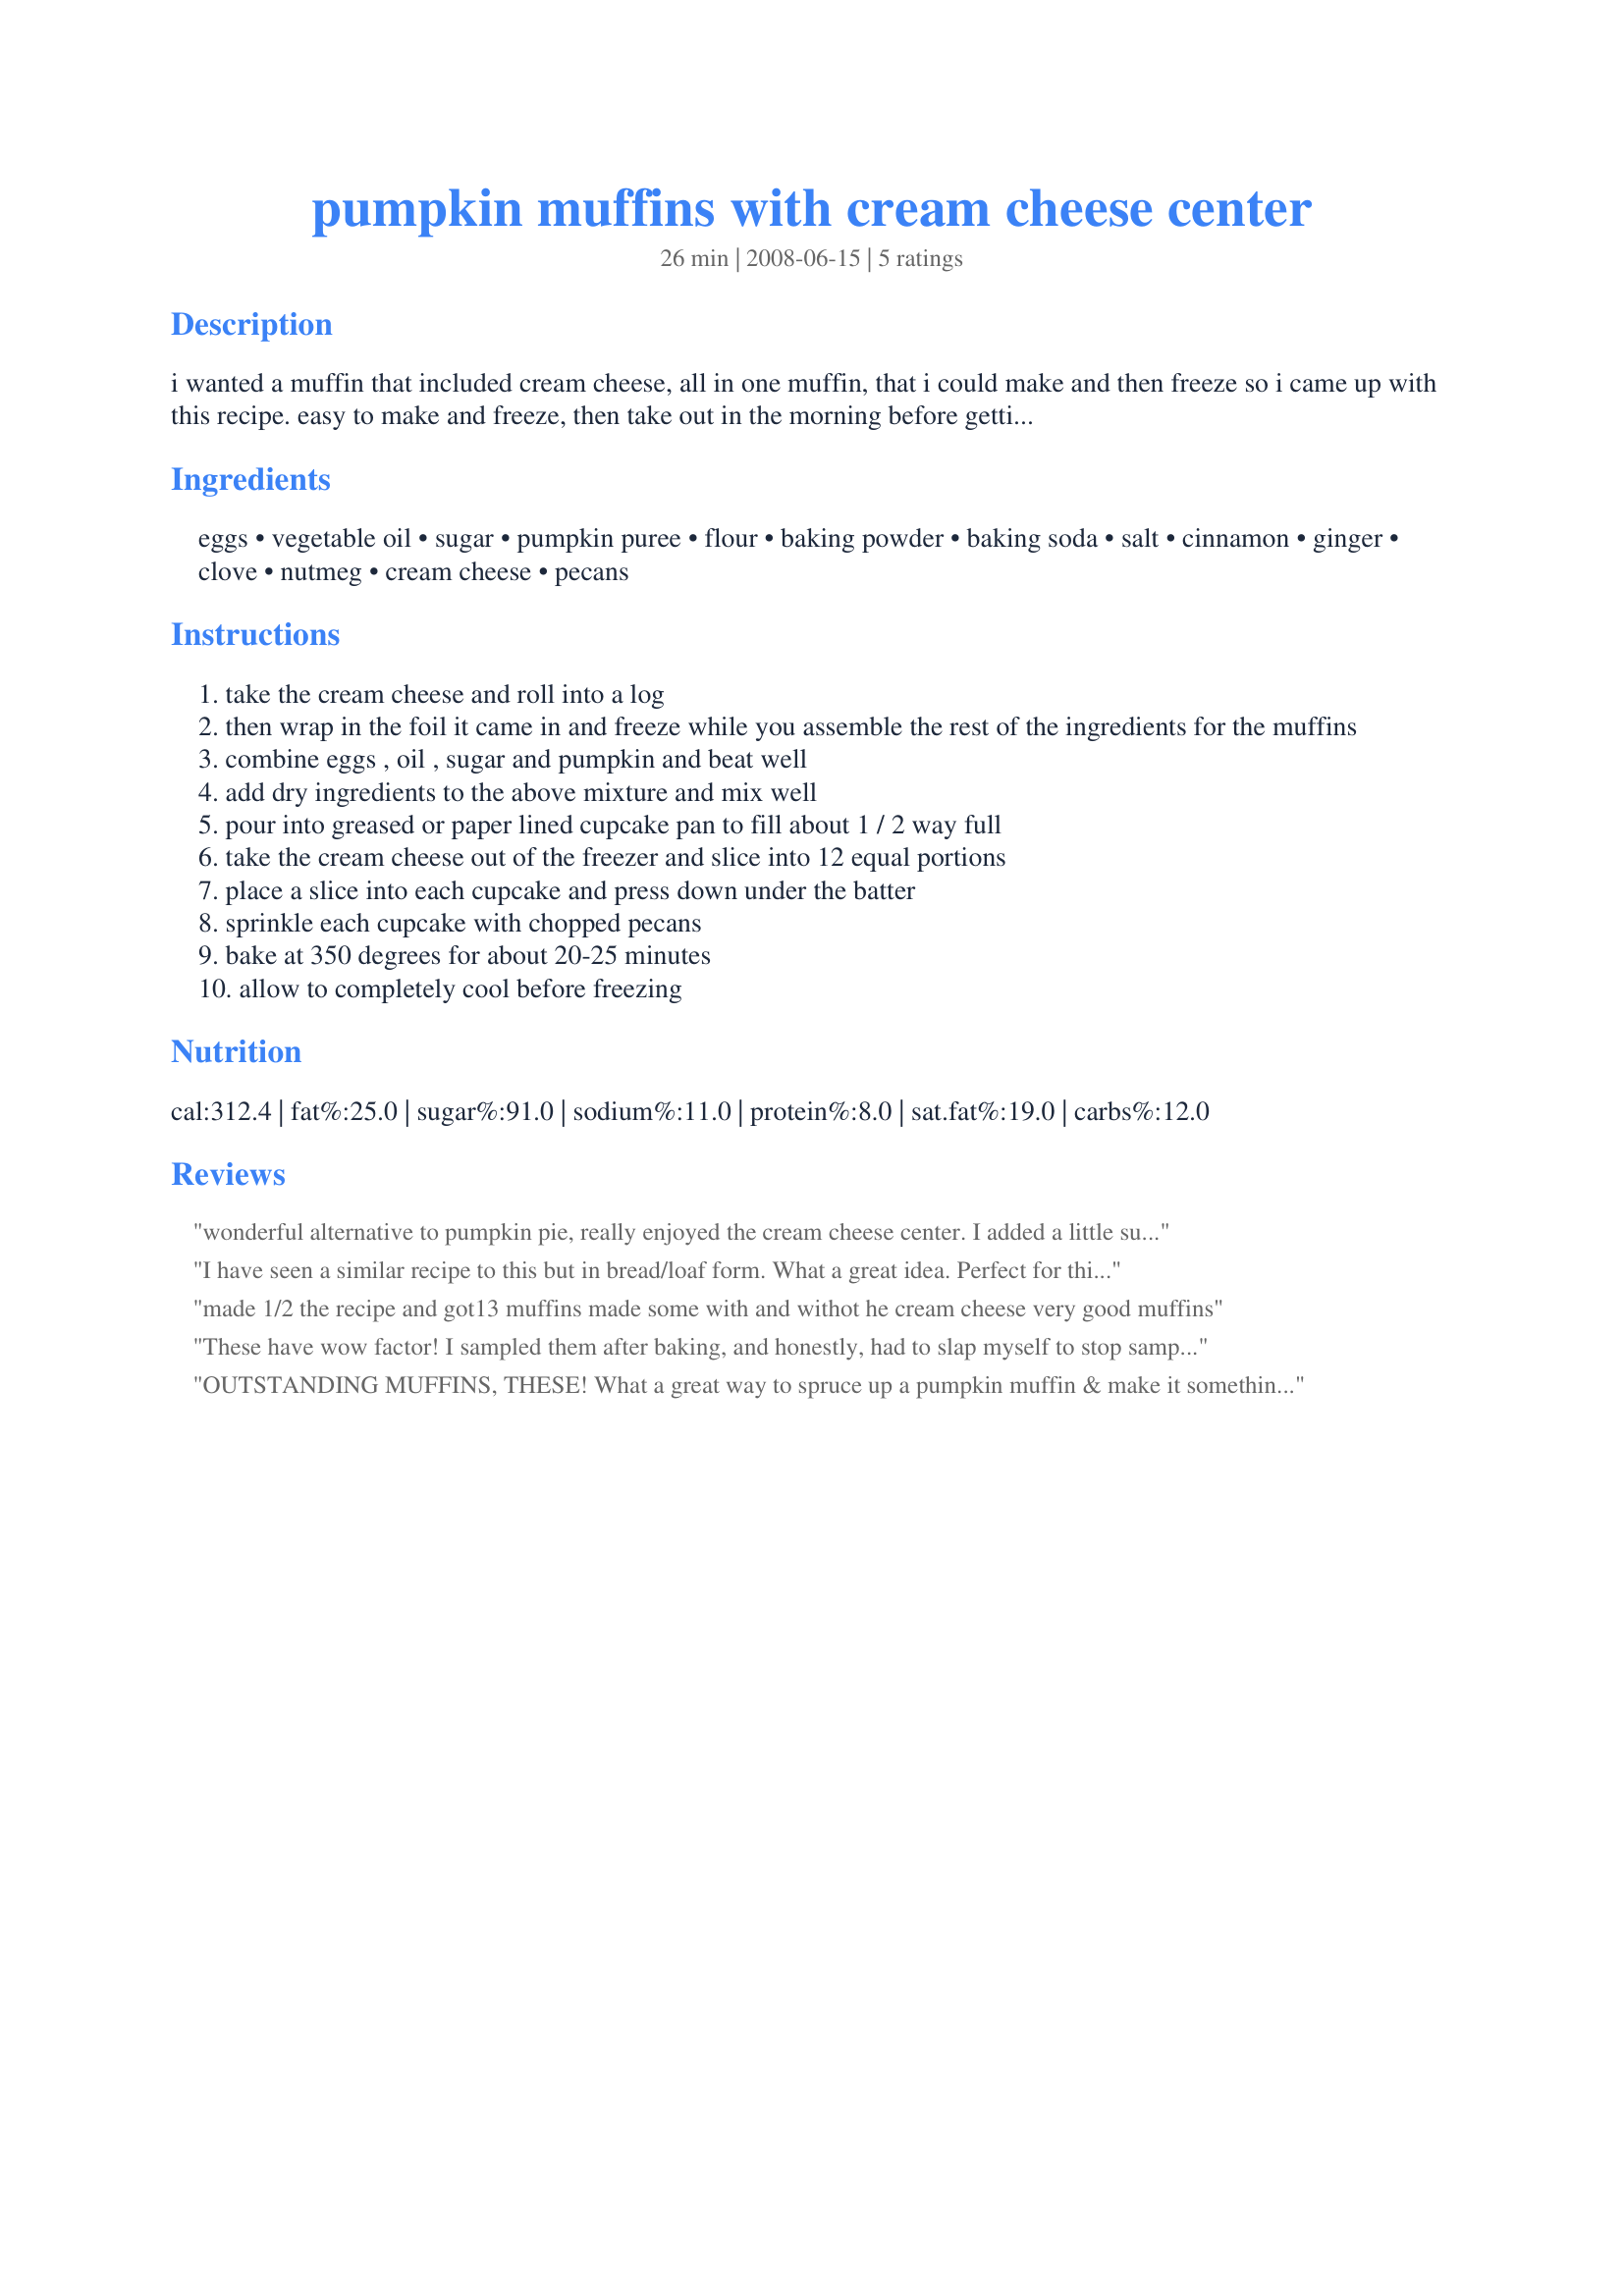
pumpkin muffins with cream cheese center
Preparation time: 26 minutes

i wanted a muffin that included cream cheese, all in one muffin, that i could make and then freeze so i came up with this recipe. easy to make and freeze, then take out in the morning before getting ready to allow to defrost. you could also wrap in foil and pop it/them in the oven to warm up or in the microwave (wrapped in papertowel) on defrost level. note: if you want the cream cheese to have a sweeter flavor, add 1/4 cup sugar to softened cream cheese.

Ingredients:
eggs, vegetable oil, sugar, pumpkin puree, flour, baking powder, baking soda, salt, cinnamon, ginger, clove, nutmeg, cream cheese, pecans

Steps:
take the cream cheese and roll into a log
then wrap in the foil it came in and freeze while you assemble the rest of the ingredients for the muffins
combine eggs , oil , sugar and pumpkin and beat well
add dry ingredients to the above mixture and mix well
pour into greased or paper lined cupcake pan to fill about 1 / 2 way full
take the cream cheese out of the freezer and slice into 12 equal portions
place a slice into each cupcake and press down under the batter
sprinkle each cupcake with chopped pecans
bake at 350 degrees for about 20-25 minutes
allow to completely cool before freezing

Reviews:
wonderful alternative to pumpkin pie, really enjoyed the cream cheese center. I added a little sugar t the cream cheese to pretend it was a carrotcake/cream cheese icing in the middle type of muffin lol
I have seen a similar recipe to this but in bread/loaf form. What a great idea. Perfect for this time of year. I did opt to mix a bit of sugar in with the cream cheese. Not quite the 1/4 cup though. Also, I got 24 muffins and had to split my creamcheese accordingly. The aroma in the house was wonderful IMA.
Made for HolidayTag.
made 1/2 the recipe and got13 muffins made some with and withot he cream cheese very good muffins
These have wow factor! I sampled them after baking, and honestly, had to slap myself to stop sampling! Fortunately DH was out of the house! Made as directed; couldn't be easier or more tasty. Thanks, Diner524! Made for <b>PRMR</b>.
OUTSTANDING MUFFINS, THESE! What a great way to spruce up a pumpkin muffin & make it something really special! We really enjoyed the pumpkin & cream cheese combo & DEFINITELY liked the pecans on top! Thanks for sharing a wonderful keeper of a recipe! [Tagged, made & reviewed in 1-2-3 Hit Wonders tag]
